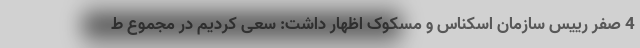
4 صفر رییس سازمان اسکناس و مسکوک اظهار داشت: سعی کردیم در مجموع ط